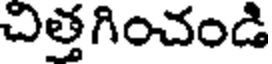
చిత్తగించండి